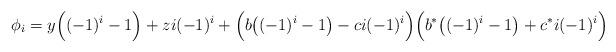
LaTeX: \begin{align*}\phi_i = y\Big((-1)^i-1\Big)+zi(-1)^{i} + \Big(b\big((-1)^i-1\big)-ci(-1)^i\Big)\Big(b^*\big((-1)^i-1\big)+c^*i(-1)^i\Big)\end{align*}